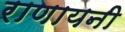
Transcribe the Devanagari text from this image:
राणायनी